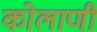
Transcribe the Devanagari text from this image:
कोलाणी